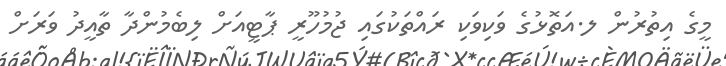
މީގެ އިތުރުން ލ.އަތޮޅުގެ ވަކިވަކި ރައްތަކުގައި ޖުމުހޫރީ ޕާޓީއަށް ލިބެމުންދާ ތާއީދު ވަރަށް